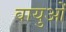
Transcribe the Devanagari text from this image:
वायुओं